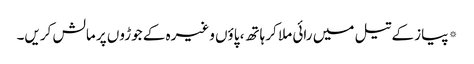
*پیاز کے تیل میں رائی ملا کر ہاتھ، پاؤں وغیرہ کے جوڑوں پر مالش کریں۔